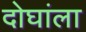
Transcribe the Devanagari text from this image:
दोघांला